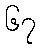
၆၇